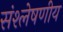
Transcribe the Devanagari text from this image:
संश्लेषणीय